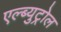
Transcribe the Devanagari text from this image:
एल्ब्युट्रोल